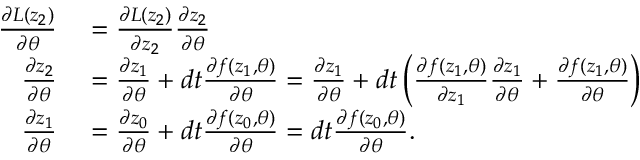
\begin{array} { r l } { \frac { \partial L ( z _ { 2 } ) } { \partial \theta } } & { { } = \frac { \partial L ( z _ { 2 } ) } { \partial z _ { 2 } } \frac { \partial z _ { 2 } } { \partial \theta } } \\ { \frac { \partial z _ { 2 } } { \partial \theta } } & { { } = \frac { \partial z _ { 1 } } { \partial \theta } + d t \frac { \partial f ( z _ { 1 } , \theta ) } { \partial \theta } = \frac { \partial z _ { 1 } } { \partial \theta } + d t \left( \frac { \partial f ( z _ { 1 } , \theta ) } { \partial z _ { 1 } } \frac { \partial z _ { 1 } } { \partial \theta } + \frac { \partial f ( z _ { 1 } , \theta ) } { \partial \theta } \right) } \\ { \frac { \partial z _ { 1 } } { \partial \theta } } & { { } = \frac { \partial z _ { 0 } } { \partial \theta } + d t \frac { \partial f ( z _ { 0 } , \theta ) } { \partial \theta } = d t \frac { \partial f ( z _ { 0 } , \theta ) } { \partial \theta } . } \end{array}